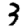
Digit: 3